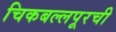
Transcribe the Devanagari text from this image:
चिकबल्लपूरची